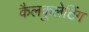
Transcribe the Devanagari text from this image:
कैलकुलेटिंग